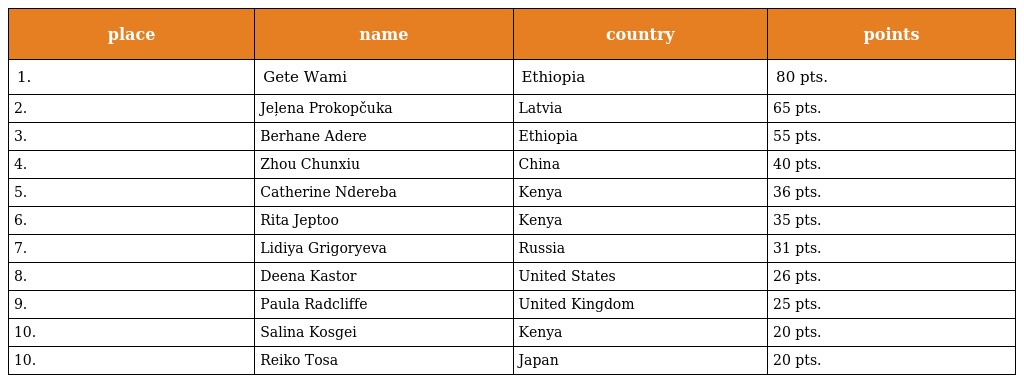
| place | name | country | points |
 | --- | --- | --- | --- |
 | 1. | Gete Wami | Ethiopia | 80 pts. |
 | 2. | Jeļena Prokopčuka | Latvia | 65 pts. |
 | 3. | Berhane Adere | Ethiopia | 55 pts. |
 | 4. | Zhou Chunxiu | China | 40 pts. |
 | 5. | Catherine Ndereba | Kenya | 36 pts. |
 | 6. | Rita Jeptoo | Kenya | 35 pts. |
 | 7. | Lidiya Grigoryeva | Russia | 31 pts. |
 | 8. | Deena Kastor | United States | 26 pts. |
 | 9. | Paula Radcliffe | United Kingdom | 25 pts. |
 | 10. | Salina Kosgei | Kenya | 20 pts. |
 | 10. | Reiko Tosa | Japan | 20 pts. |